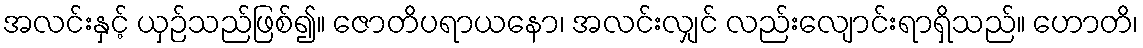
အလင်းနှင့် ယှဉ်သည်ဖြစ်၍။ ဇောတိပရာယနော၊ အလင်းလျှင် လည်းလျောင်းရာရှိသည်။ ဟောတိ၊